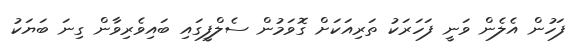
ފަހުން އެލެން ވަނީ ފަހަރަކު ތަރިއަކަށް ގޮވަމުން ސެލްފީގައި ބައިވެރިވާން ގިނަ ބަޔަކު